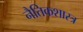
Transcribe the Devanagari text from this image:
नैतिकशास्त्र